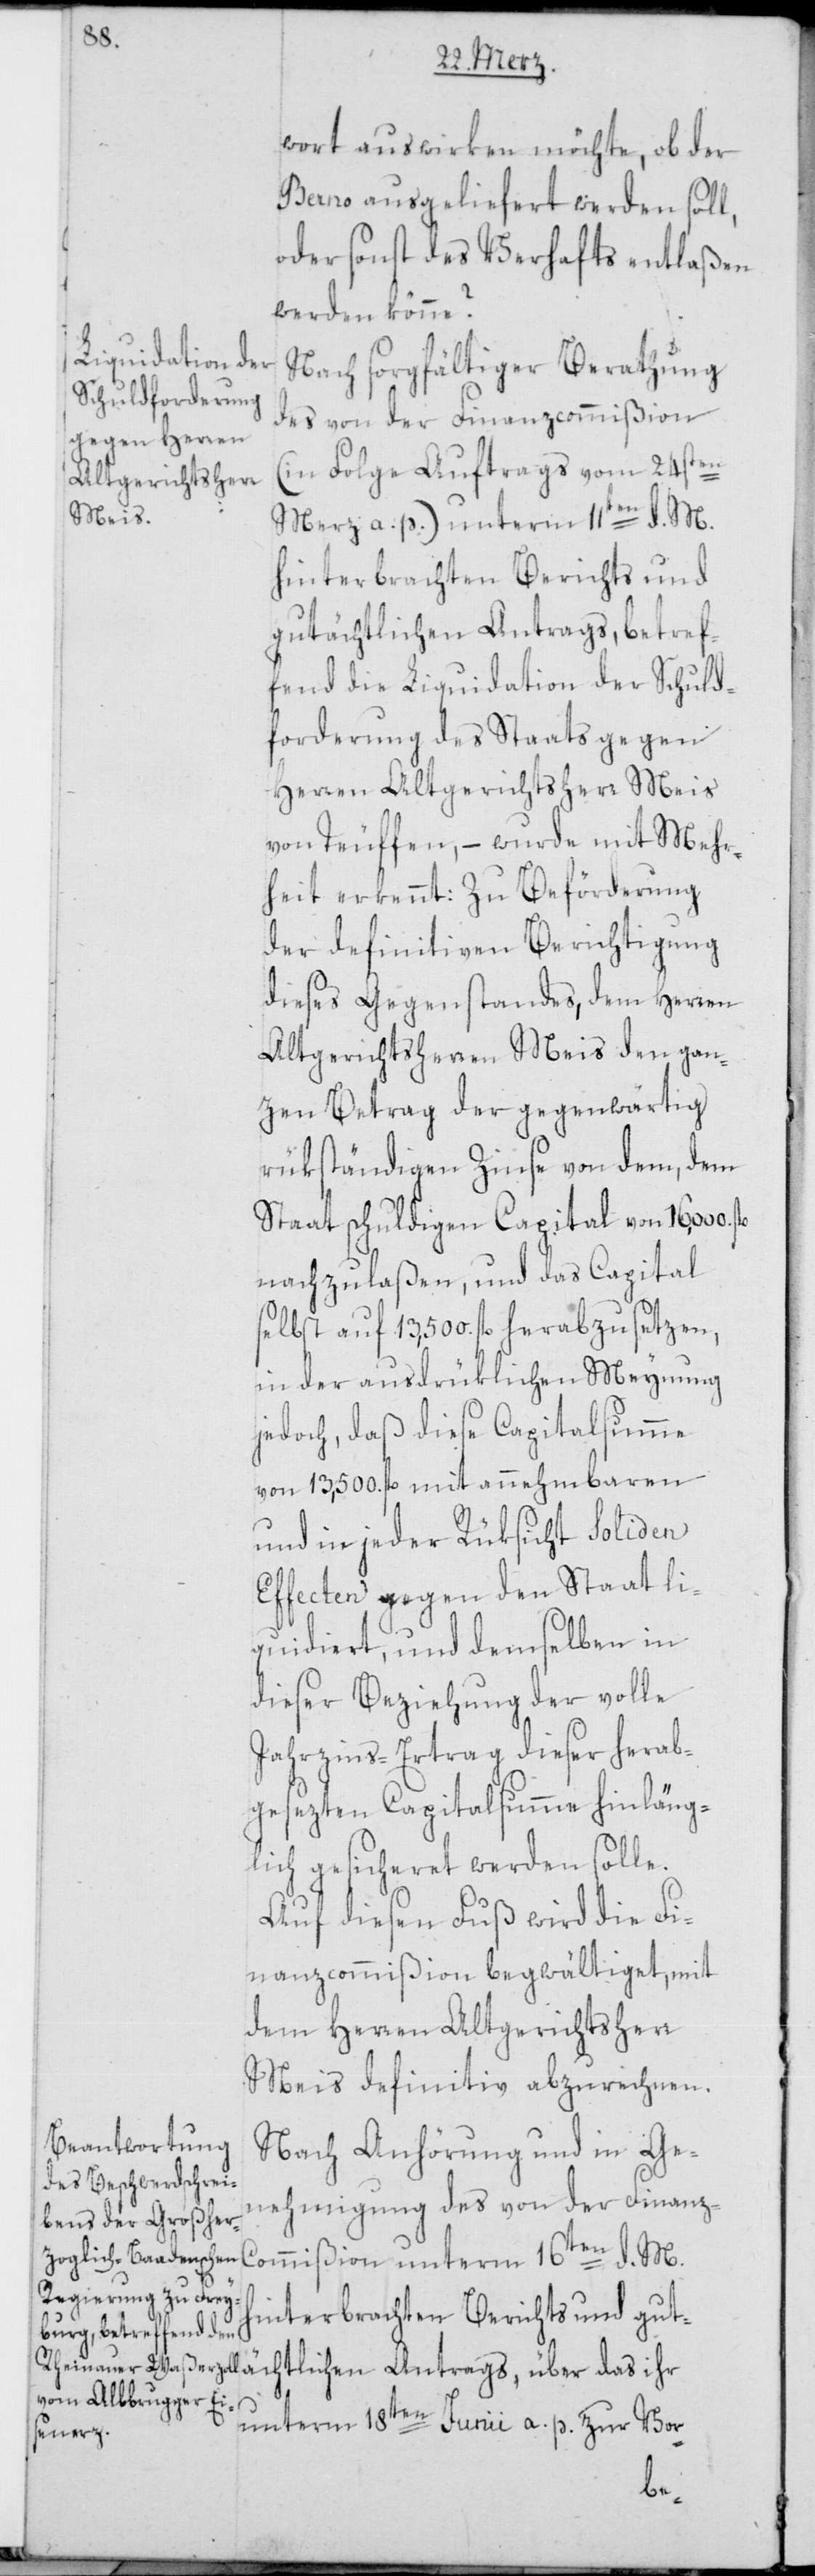
wort auswirken möchte, ob der
Berno ausgeliefert werden soll,
oder sonst des Verhafts entlaßen
werden könne?
Nach sorgfältiger Berathung
des von der Finanzcommißion
(in Folge Auftrags vom 24sten
März a. p.) unterm 11ten d. M.
hinterbrachten Berichts und
gutächtlichen Antrags, über d¬
fend die Liquidation der Schuld¬
forderung des Staats gegen
Herren Altgerichtsherr Meis
von Teuffen, – wurde mit Mehr¬
heit erkennt: Zu Beförderung
der definitiven Berichtigung
dieses Gegenstandes, dem Herren
alt Gerichtsherren Meis den gan¬
zen Betrag der gegenwärtig
rükständigen Zinse von dem, dem
Staat schuldigen Capital von 16,000.
nachzulaßen, und das Capital
selbst auf 13,500. fl. herabzusetzen,
in der ausdrüklichen Meynung
jedoch, daß diese Capitalsumme
von 13,500. fl. mit annehmbaren
und in jeder Rüksicht soliden
Effecten gegen den Staat li¬
quidiert, und demselben in
dieser Beziehung der volle
Jahrzins-Ertrag dieser herab¬
gesezten Capitalsumme hinläng¬
lich gesicheret werden solle.
Auf diesen Fuß wird die Fi¬
nanzcommißion begwältiget, mit
dem Herren Altgerichtsherr
Meis definitiv abzurechnen.
Nach Anhörung und in Ge¬
nehmigung des von der Finanz-C¬
ommißion unterm 16ten d. M.
as
unterm 18ten Junii a. p. zur Vor-